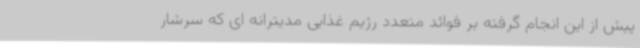
پیش از این انجام گرفته بر فوائد متعدد رژیم غذایی مدیترانه ای که سرشار